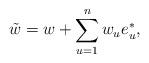
LaTeX: \begin{align*}\tilde w=w+\sum_{u=1}^n w_u e_u^*,\end{align*}